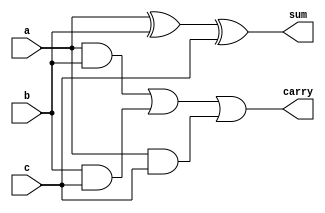
module fulladder(input wire a, b, c, output wire sum, carry);
    assign sum = a^b^c;
    assign carry = a&b | b&c | a&c;
endmodule

module fulladder_row1(input wire [5:0] i, output wire [1:0] o1, o2);
    fulladder fa0(i[0], i[1], i[2], o1[0], o1[1]);
    fulladder fa1(i[3], i[4], i[5], o2[0], o2[1]);
endmodule

module fulladder_row2(input wire [1:0] a, b, input wire c, output wire [2:0] count);
    wire carry;
    fulladder fa2(a[0], b[0], c, count[0], carry);
    fulladder fa3(a[1], b[1], carry, count[1], count[2]);
endmodule

module onescount(input wire [6:0] i, output wire [2:0] o);
    wire [1:0] t1, t2;
    fulladder_row1 fa_r1(i[5:0], t1, t2);
    fulladder_row2 fa_r2(t1, t2, i[6], o);
endmodule